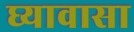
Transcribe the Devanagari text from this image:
घ्यावासा